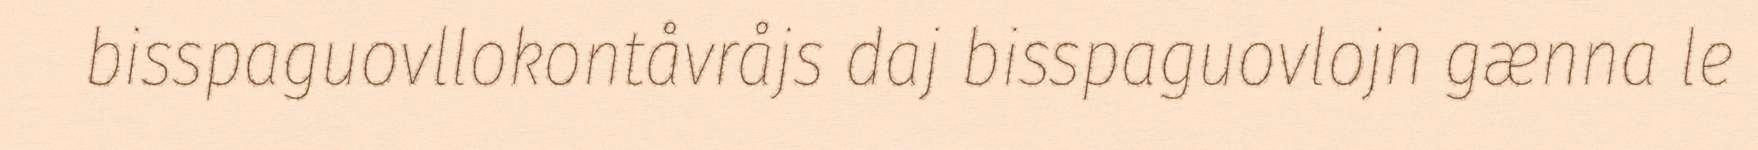
bisspaguovllokontåvråjs daj bisspaguovlojn gænna le